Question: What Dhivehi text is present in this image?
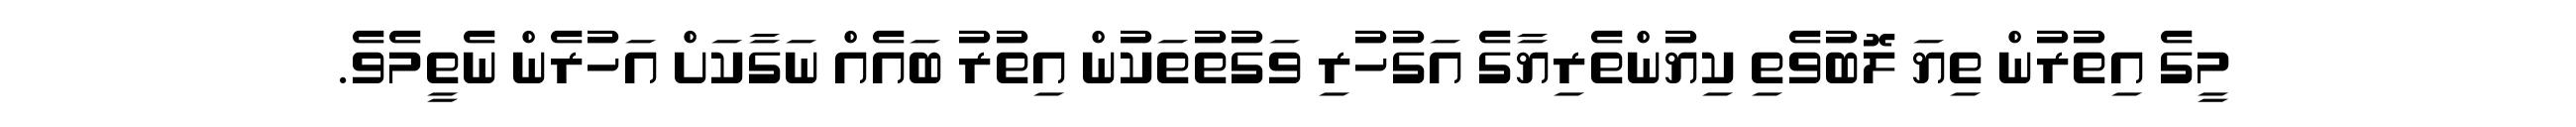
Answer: މީގެ އިތުރުން ތިޔަ ލޮބުވެތި ކިޔުންތެރިޔާގެ އަގުހުރި ވަގުތުތަކުން އިތުރު ބައެއް ނަގާކަށް އަހުރެން ނެތީމެވެ.